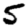
Digit: 5